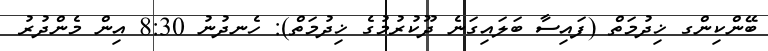
ބޭންކިންގ ޚިދުމަތް (ފައިސާ ބަލައިގަނެ ދޫކުރުމުގެ ޚިދުމަތް): ހެނދުނު 8:30 އިން މެންދުރު